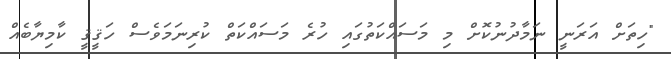
"ހިތަށް އަރަނީ ނަމާދުނުކޮށް މި މަސައްކަތުގައި ހުރެ މަސައްކަތް ކުރިނަމަވެސް ހަޤީޤީ ކާމިޔާބެއް